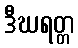
ဒီဃရတ္တ